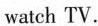
watch TV.